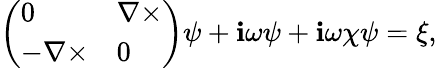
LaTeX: \left(\begin{array}{ll}{0}&{\nabla\times}\\ {-\nabla\times}&{0}\end{array}\right)\psi+\mathbf{i}\omega\psi+\mathbf{i}\omega\chi\psi=\xi,